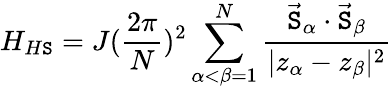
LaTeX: H_{H\mathtt{S}}=J(\frac{{2\pi}}{{N}})^{2}\sum_{\alpha<\beta=1}^{N}\frac{{\vec{{\mathtt{S}}}_{\alpha}\cdot\vec{{\mathtt{S}}}_{\beta}}}{{|z_{\alpha}-z_{\beta}|^{2}}}